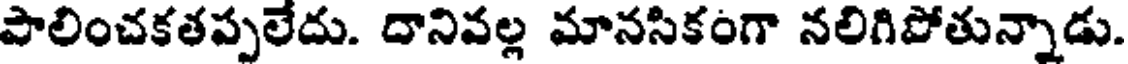
పాలించకతప్పలేదు. దానివల్ల మానసికంగా నలిగిపోతున్నాడు.